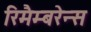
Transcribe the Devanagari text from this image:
रिमैम्बरेन्स